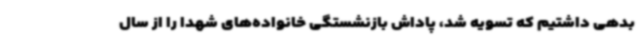
بدهی داشتیم که تسویه شد، پاداش بازنشستگی خانواده‌های شهدا را از سال